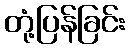
တုံ့ပြန်ခြင်း